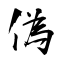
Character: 偽